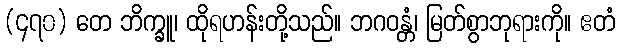
(၄၇၀) တေ ဘိက္ခူ၊ ထိုရဟန်းတို့သည်။ ဘဂဝန္တံ၊ မြတ်စွာဘုရားကို။ ဧတံ